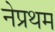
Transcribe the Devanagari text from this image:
नेप्रथम